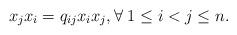
LaTeX: \begin{align*}x_j x_i=q_{ij}x_i x_j, \forall \; 1\leq i<j\leq n.\end{align*}